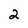
Character: 2